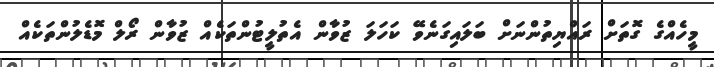
މީހެއްގެ ގޮތަށް ރައްޔިތުންނަށް ބަލައިގަނެވޭ ކަހަލަ ޒުވާން އެތުލީޓުންތަކެއް ޒުވާން ރޯލް މޮޑެލުންތަކެއް